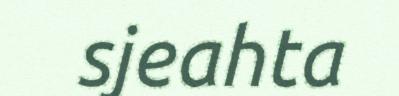
sjeahta